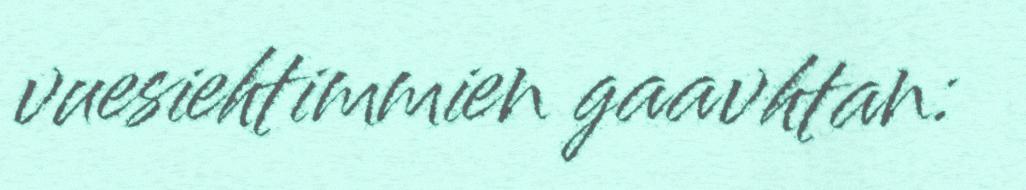
vuesiehtimmien gaavhtan: